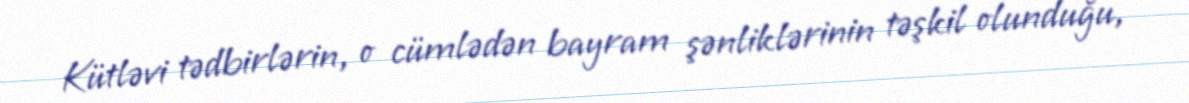
Kütləvi tədbirlərin, o cümlədən bayram şənliklərinin təşkil olunduğu,